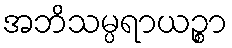
အဘိသမ္ပရာယဉ္စာ